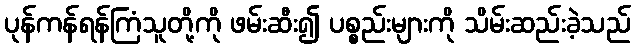
ပုန်ကန်ရန်ကြံသူတို့ကို ဖမ်းဆီး၍ ပစ္စည်းများကို သိမ်းဆည်းခဲ့သည်